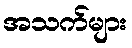
အသက်များ